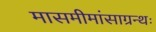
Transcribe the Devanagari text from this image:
मासमीमांसाग्रन्थः